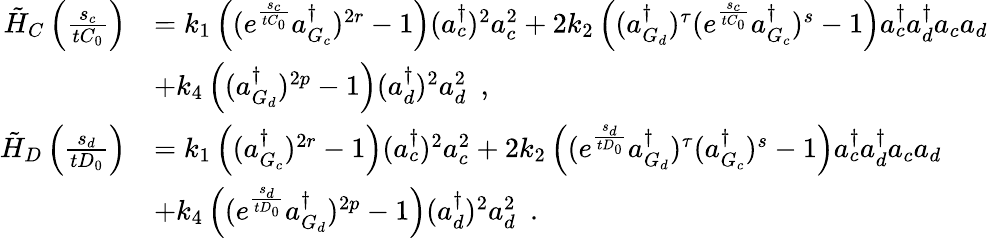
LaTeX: \begin{array}{rl}{\tilde{H}_{C}\left(\frac{s_{c}}{tC_{0}}\right)}&{=k_{1}\left((e^{\frac{s_{c}}{tC_{0}}}a_{G_{c}}^{\dagger})^{2r}-1\right)(a_{c}^{\dagger})^{2}a_{c}^{2}+2k_{2}\left((a_{G_{d}}^{\dagger})^{\tau}(e^{\frac{s_{c}}{tC_{0}}}a_{G_{c}}^{\dagger})^{s}-1\right)a_{c}^{\dagger}a_{d}^{\dagger}a_{c}a_{d}}\\ &{+k_{4}\left((a_{G_{d}}^{\dagger})^{2p}-1\right)(a_{d}^{\dagger})^{2}a_{d}^{2}~~,}\\ {\tilde{H}_{D}\left(\frac{s_{d}}{tD_{0}}\right)}&{=k_{1}\left((a_{G_{c}}^{\dagger})^{2r}-1\right)(a_{c}^{\dagger})^{2}a_{c}^{2}+2k_{2}\left((e^{\frac{s_{d}}{tD_{0}}}a_{G_{d}}^{\dagger})^{\tau}(a_{G_{c}}^{\dagger})^{s}-1\right)a_{c}^{\dagger}a_{d}^{\dagger}a_{c}a_{d}}\\ &{+k_{4}\left((e^{\frac{s_{d}}{tD_{0}}}a_{G_{d}}^{\dagger})^{2p}-1\right)(a_{d}^{\dagger})^{2}a_{d}^{2}~~.}\end{array}